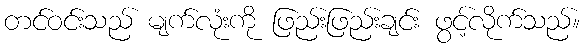
တင်ဝင်းသည် မျက်လုံးကို ဖြည်းဖြည်းချင်း ဖွင့်လိုက်သည်။